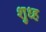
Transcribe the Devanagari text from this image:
शुध्ह